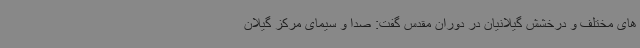
های مختلف و درخشش گیلانیان در دوران مقدس گفت: صدا و سیمای مرکز گیلان